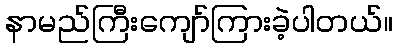
နာမည်ကြီးကျော်ကြားခဲ့ပါတယ်။